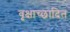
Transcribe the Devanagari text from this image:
वृक्षाच्छादित